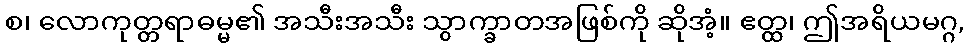
စ၊ လောကုတ္တရာဓမ္မ၏ အသီးအသီး သွာက္ခာတအဖြစ်ကို ဆိုအံ့။ ဧတ္ထ၊ ဤအရိယမဂ္ဂ,